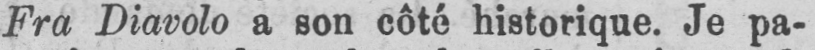
Fra Diavolo a son côté historique. Je pa-